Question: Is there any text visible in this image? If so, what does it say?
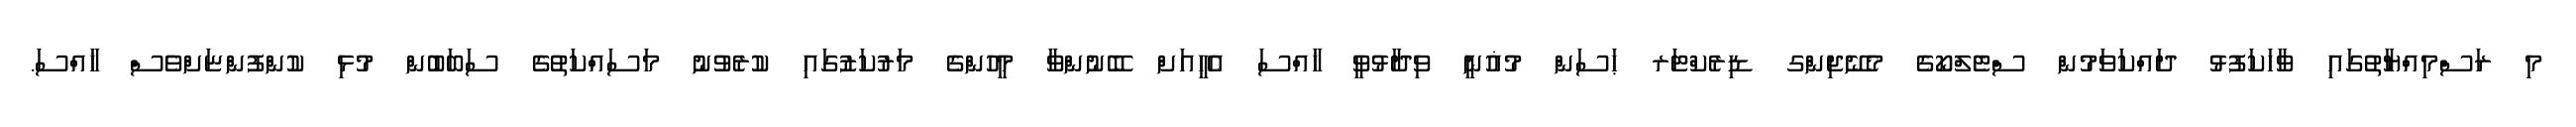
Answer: މި ރަސްމިއްޔާތުގައި ވާހަކަފުޅު ދައްކަވަމުން ސްޓެލްކޯގެ މެނޭޖިންގ ޑިރެކްޓަރ ޙަސަން މުޣުނީ ވިދާޅުވީ ޚާއްސަ އެހީއަށް ބޭނުންވާ މީހުންގެ މަރުކަޒުގައި ކުރެވުނު މަސައްކަތުގެ ސަބަބުން މުޅި ކުންފުންޏަށްވެސް ޚާއްސަ.